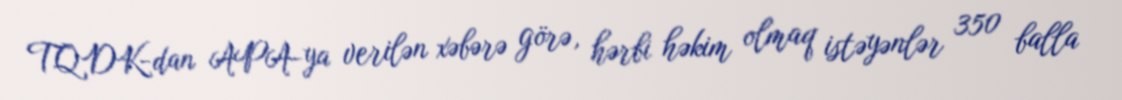
TQDK-dan APA-ya verilən xəbərə görə, hərbi həkim olmaq istəyənlər 350 balla